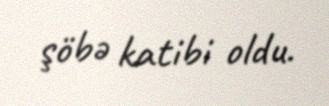
şöbə katibi oldu.